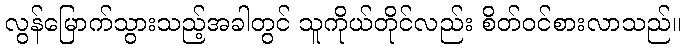
လွန်မြောက်သွားသည့်အခါတွင် သူကိုယ်တိုင်လည်း စိတ်ဝင်စားလာသည်။